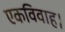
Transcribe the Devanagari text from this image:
एकविवाह।